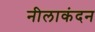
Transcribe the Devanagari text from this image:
नीलाकंदन